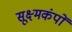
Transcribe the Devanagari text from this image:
सूक्ष्मकंपों